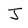
Character: J